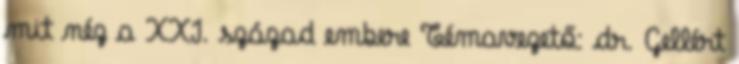
mit néz a XXI. század embere Témavezető: dr. Gellért